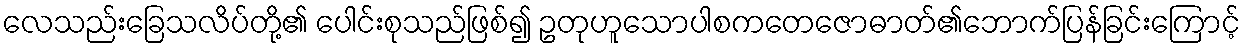
လေသည်းခြေသလိပ်တို့၏ ပေါင်းစုသည်ဖြစ်၍ ဥတုဟူသောပါစကတေဇောဓာတ်၏ဘောက်ပြန်ခြင်းကြောင့်